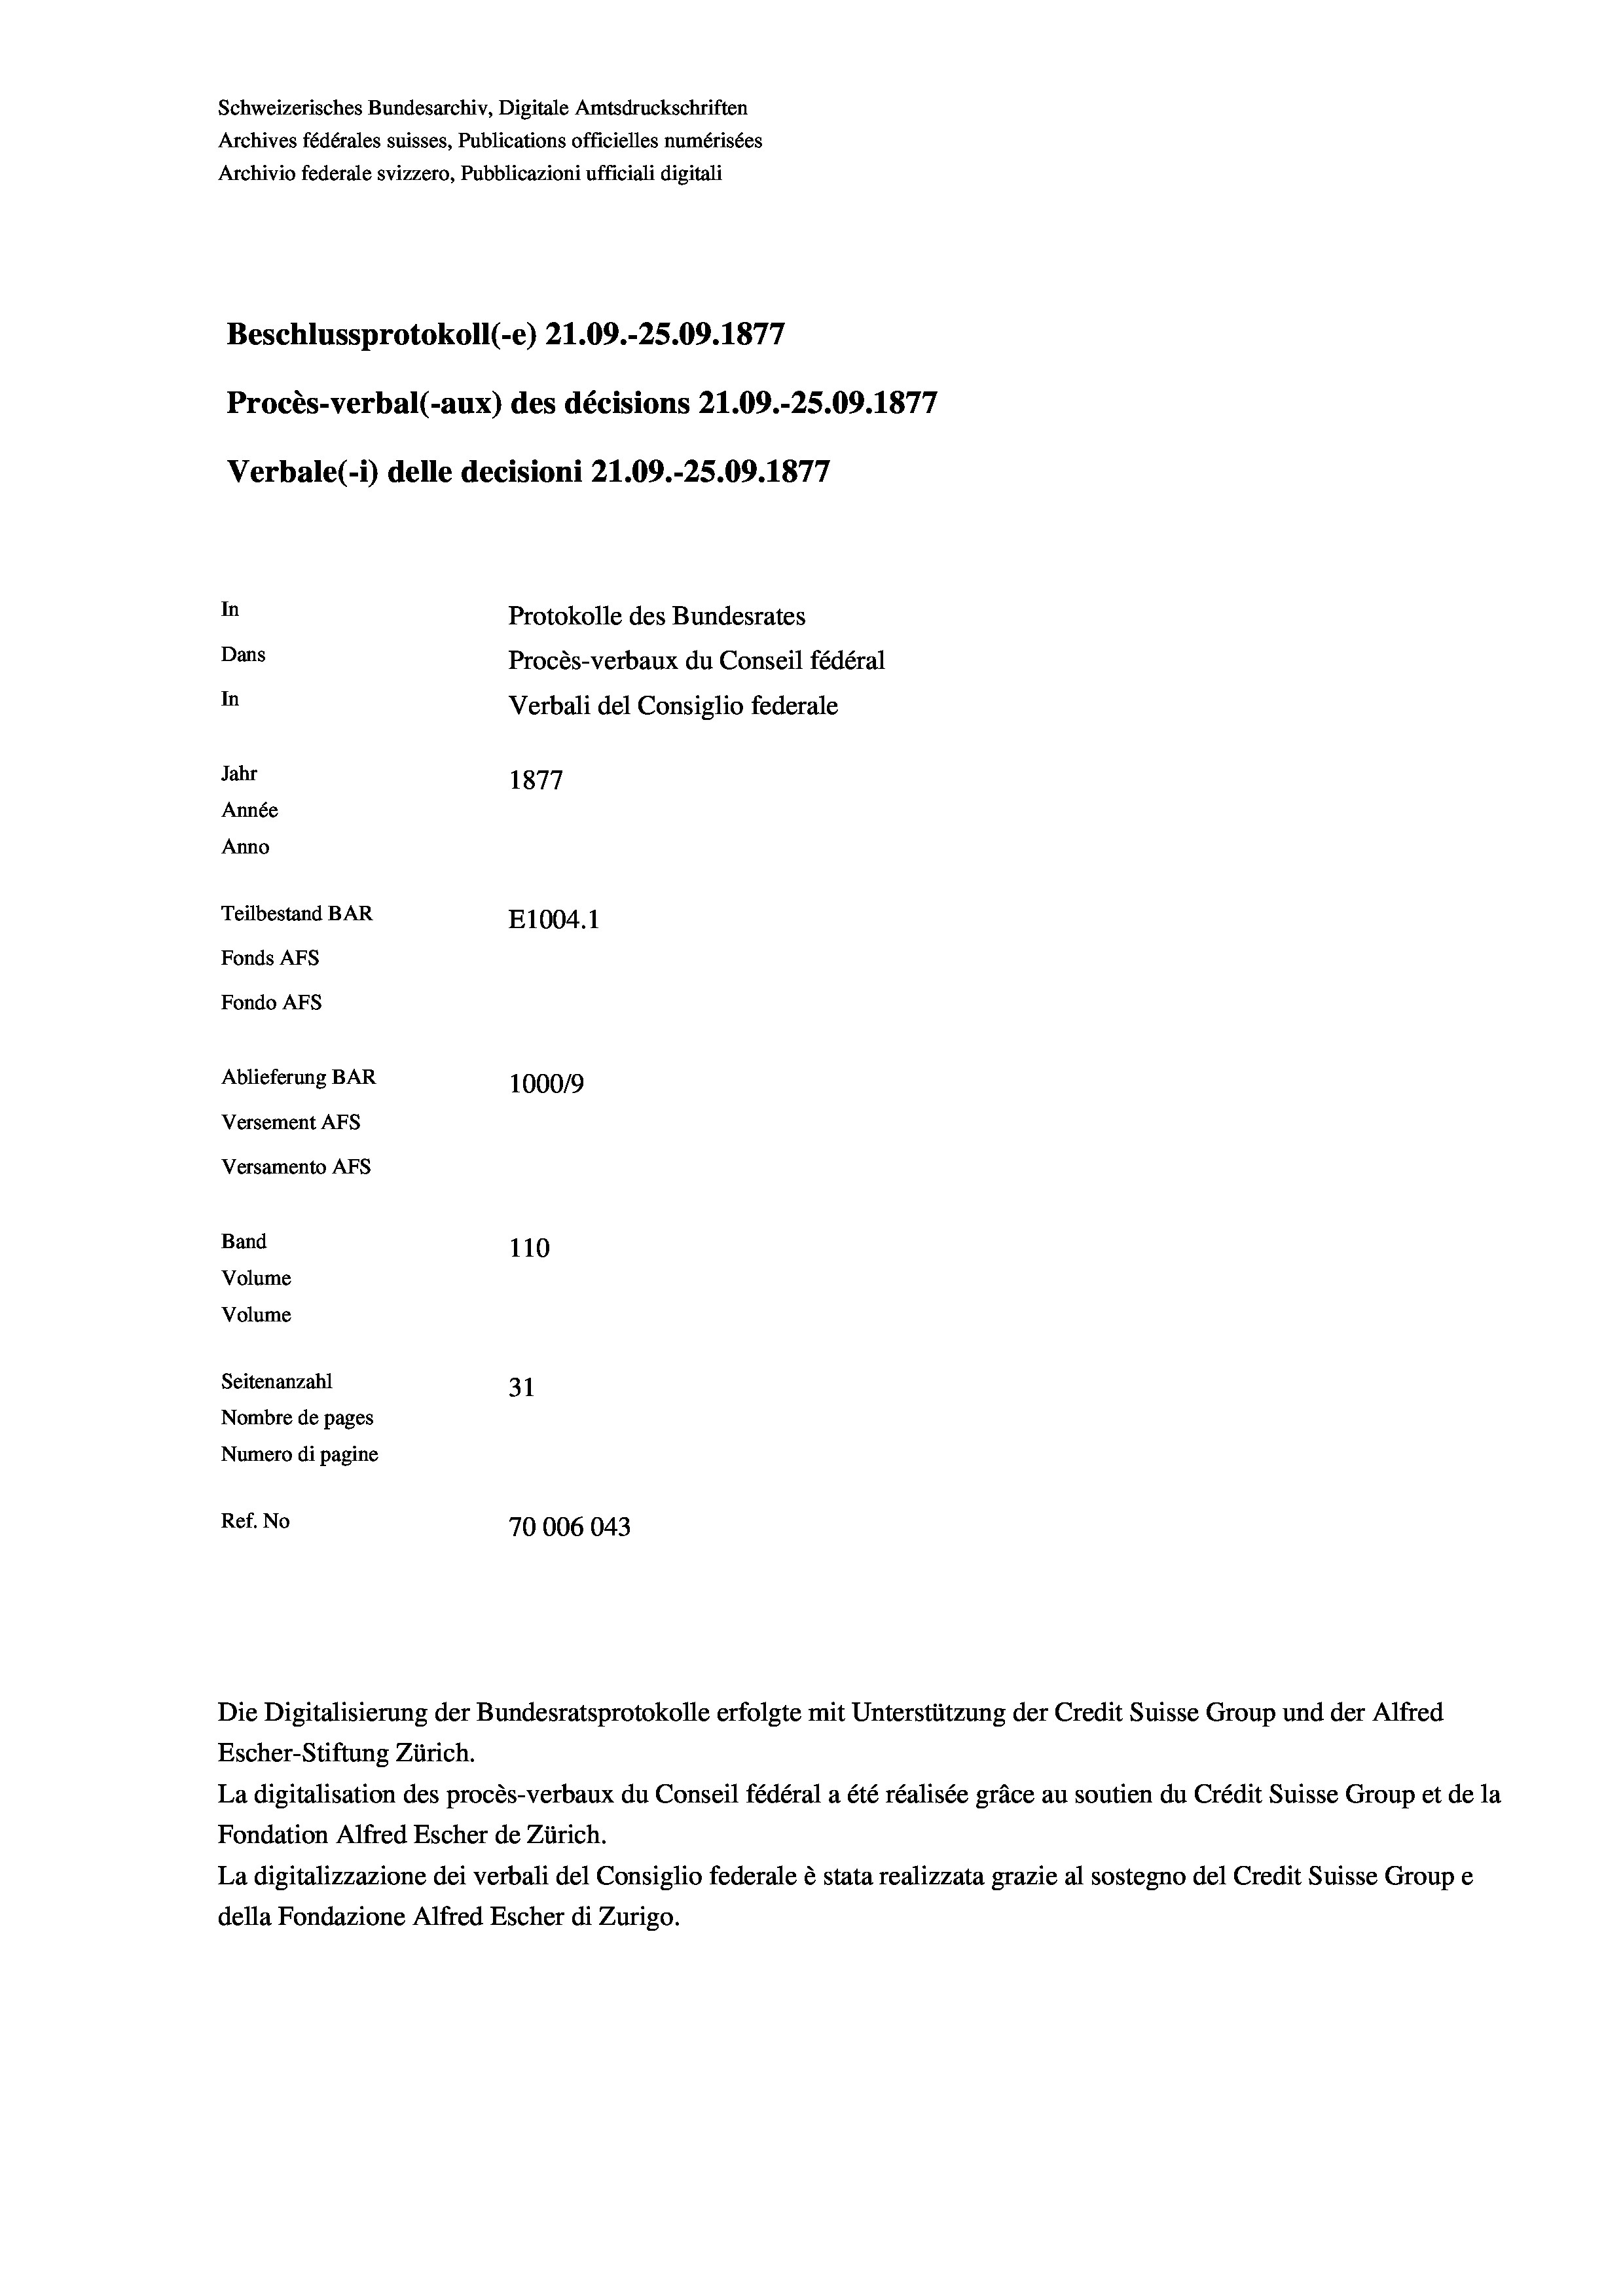
Schweizerisches Bundesarchiv, Digitale Amtsdruckschriften
Archives fédérales suisses, Publications officielles numérisées
Archivio federale svizzero, Pubblicazioni ufficiali digitali
e
Beschlussprotokoll (-e) Z1.09.-25.09. 1877
Procès-verbal (-aux) des décisions 21.09.-25.09. 1877
Verbale (i) delle decisioni 21.09.-25.09. 1877
In
Protokolle des Bundesrates
Dans
Procès-verbaux du Conseil fédéral
In
Verbali del Consiglio federale
Jahr
1877
Année
Anno
Teilbestand BAR
E1004.1
Fonds AFs
Fondo AFs
Ablieferung BAR
100019
Versement AFs
Versamento Afs
Band
110
Volume
Volume
Seitenanzahl
31
Nombre de pages
Numero di pagine
Ref. No
70006043

Escher-Stiftung Zürich.
La digitalisation des procès-verbaux du Conseil fédéral a été réalisée gräce au soutien du Crédit Suisse Group et de la
Fondation Alfred Escher de Zürich.
La digitalizzazione dei verbali del Consiglio federale è stata realizzata grazie al sostegno del Credit Suisse Groupe
della Fondazione Alfred Escher di Zurigo.

Die Digitalisierung der Bundesratsprotokolle erfolgte mit Unterstützung der Credit Suisse Group und der Alfred